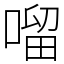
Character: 𠺕